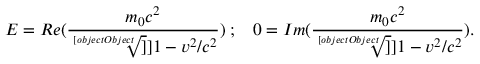
E = R e ( \frac { m _ { 0 } c ^ { 2 } } { \sqrt [ [object Object] ] ] { 1 - v ^ { 2 } / c ^ { 2 } } } ) \; ; \; \; \; 0 = I m ( \frac { m _ { 0 } c ^ { 2 } } { \sqrt [ [object Object] ] ] { 1 - v ^ { 2 } / c ^ { 2 } } } ) .